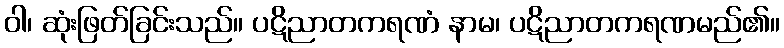
ဝါ၊ ဆုံးဖြတ်ခြင်းသည်။ ပဋိညာတကရဏံ နာမ၊ ပဋိညာတကရဏမည်၏။